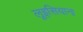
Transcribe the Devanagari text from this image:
लूइसियाना